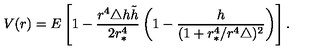
V ( r ) = E \left[ 1 - \frac { r ^ { 4 } \triangle h \tilde { h } } { 2 r _ { * } ^ { 4 } } \left( 1 - \frac { h } { ( 1 + r _ { * } ^ { 4 } / r ^ { 4 } \triangle ) ^ { 2 } } \right) \right] .